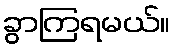
ခွာကြရမယ်။